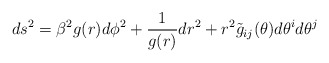
\begin{align*}ds^2=\beta^2g(r)d\phi^2+{1 \over g(r)} dr^2+ r^2\tilde{g}_{ij}(\theta)d\theta^id\theta^j\end{align*}